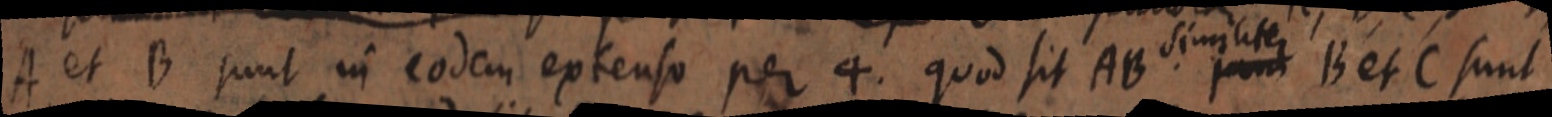
A et B sunt in eodem extenso per 4. quod sit AB similiter jam B et C sunt